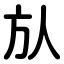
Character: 㫃